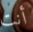
أنت